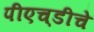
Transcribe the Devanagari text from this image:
पीएच्‌डीचे